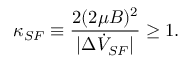
\kappa _ { S F } \equiv \frac { 2 ( 2 \mu B ) ^ { 2 } } { | \Delta \dot { V } _ { S F } | } \geq 1 .